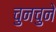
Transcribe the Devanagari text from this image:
चुनचुने